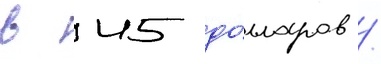
в 45 до́лларов /